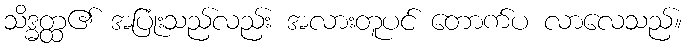
သိဒ္ဓတ္ထ၏ အပြုံးသည်လည်း အလားတူပင် တောက်ပ လာလေသည်။